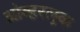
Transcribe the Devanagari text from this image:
ओव्हरलुक